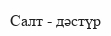
Салт - дәстүр